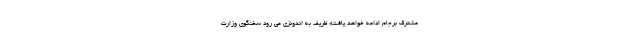
مشترک برجام ادامه خواهد یافت» ظریف به اندونزی می رود سخنگوی وزارت